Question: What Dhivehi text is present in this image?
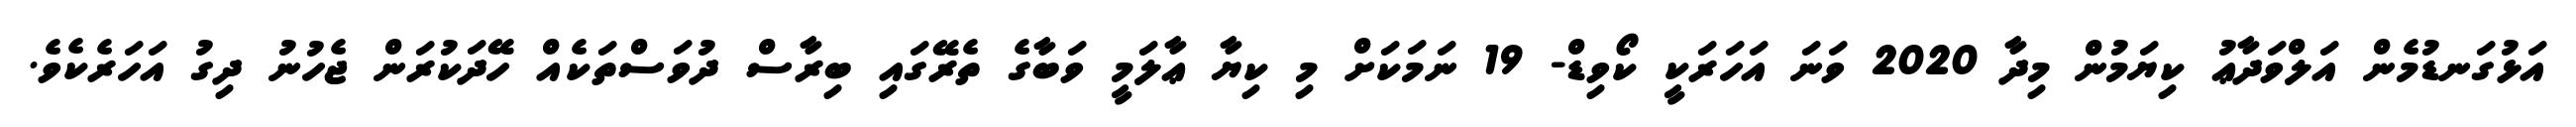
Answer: އަޅުގަނޑުމެން އަލްވަދާޢު ކިޔަމުން މިދާ 2020 ވަނަ އަހަރަކީ ކޯވިޑް- 19 ނަމަކަށް މި ކިޔާ ޢާލަމީ ވަބާގެ ތެރޭގައި ބިރާސް ދުވަސްތަކެއް ހޭދަކުރަން ޖެހުނު ދިގު އަހަރެކެވެ.